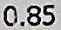
0.85